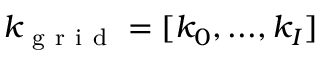
k _ { \mathrm { ~ g ~ r ~ i ~ d ~ } } = [ k _ { 0 } , . . . , k _ { I } ]